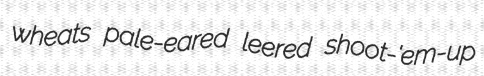
wheats pale-eared leered shoot-'em-up